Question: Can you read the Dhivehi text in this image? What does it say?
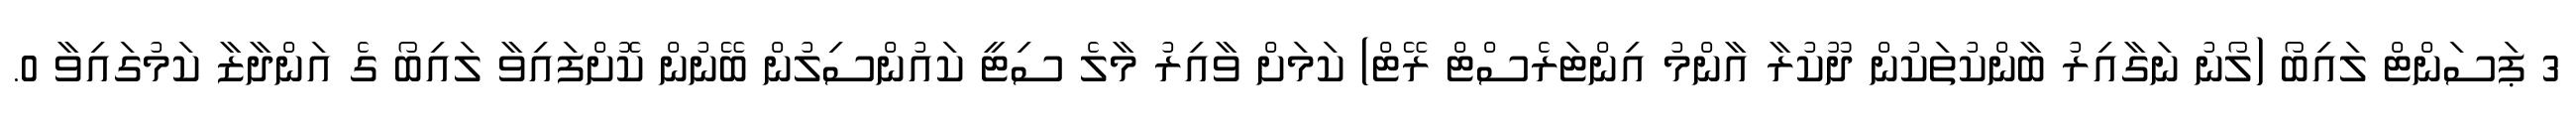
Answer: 3 ޕަސަންޓް ލައިބޯ (ލޯނު ނަގާއިރު ބާންކުތަކުން ދޫކުރާ އާންމު އިންޓަރެސްޓް ރޭޓް) ކަމަށް ވާއިރު މާލެ ސިޓީ ކައުންސިލުން ބޭނުން ކޮށްފައިވާ ލައިބޯ ގެ އަންދާޒާ ކަމުގައިވާ 0.